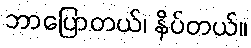
ဘာပြောတယ်၊ နိပ်တယ်။